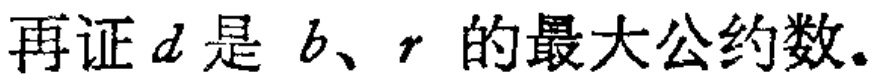
再证\(d\)是 \(b、r\) 的最大公约数。